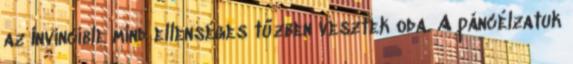
az Invincible mind ellenséges tűzben vesztek oda. A páncélzatuk